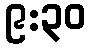
၉:၃၀